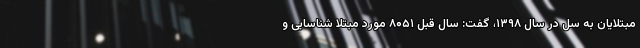
مبتلایان به سل در سال ۱۳۹۸، گفت: سال قبل ۸۰۵۱ مورد مبتلا شناسایی و